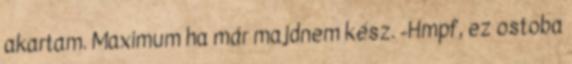
akartam. Maximum ha már majdnem kész. -Hmpf, ez ostoba